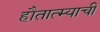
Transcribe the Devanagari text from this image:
हौतात्म्याची